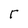
Character: r